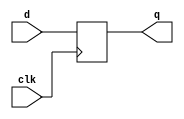
//
// -----------------------------------------------------------------
// COMPANY : Ruhr University Bochum
// DOCUMENT: [Composable Gadgets with Reused Fresh Masks] https://doi.org/10.46586/tches.v2022.i3.114-140
// -----------------------------------------------------------------
//
// Copyright (c) 2022, David Knichel and  Amir Moradi
//
// All rights reserved.
//
// THIS SOFTWARE IS PROVIDED BY THE COPYRIGHT HOLDERS AND CONTRIBUTORS "AS IS" AND
// ANY EXPRESS OR IMPLIED WARRANTIES, INCLUDING, BUT NOT LIMITED TO, THE IMPLIED
// WARRANTIES OF MERCHANTABILITY AND FITNESS FOR A PARTICULAR PURPOSE ARE
// DISCLAIMED. IN NO EVENT SHALL THE COPYRIGHT HOLDER OR CONTRIBUTERS BE LIABLE FOR ANY
// DIRECT, INDIRECT, INCIDENTAL, SPECIAL, EXEMPLARY, OR CONSEQUENTIAL DAMAGES
// (INCLUDING, BUT NOT LIMITED TO, PROCUREMENT OF SUBSTITUTE GOODS OR SERVICES;
// LOSS OF USE, DATA, OR PROFITS; OR BUSINESS INTERRUPTION) HOWEVER CAUSED AND
// ON ANY THEORY OF LIABILITY, WHETHER IN CONTRACT, STRICT LIABILITY, OR TORT
// (INCLUDING NEGLIGENCE OR OTHERWISE) ARISING IN ANY WAY OUT OF THE USE OF THIS
// SOFTWARE, EVEN IF ADVISED OF THE POSSIBILITY OF SUCH DAMAGE.
//
// Please see LICENSE and README for license and further instructions.
//

module reg1 
   (input  clk,
    input  d,
    output q
   );

    reg state = 1'b0;        

    always @(posedge clk) begin
    	state <= d;
    end
    
    assign q = state;

endmodule